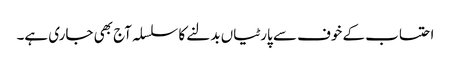
احتساب کے خوف سے پارٹیاں بدلنے کا سلسلہ آج بھی جاری ہے۔